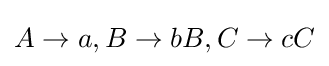
A\to a,B\to bB,C\to cC